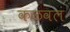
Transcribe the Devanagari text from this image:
कळवलं